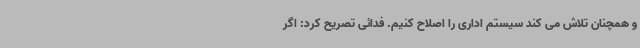
و همچنان تلاش می کند سیستم اداری را اصلاح کنیم. فدائی تصریح کرد: اگر